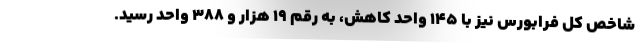
شاخص کل فرابورس نیز با ۱۴۵ واحد کاهش، به رقم ۱۹ هزار و ۳۸۸ واحد رسید.